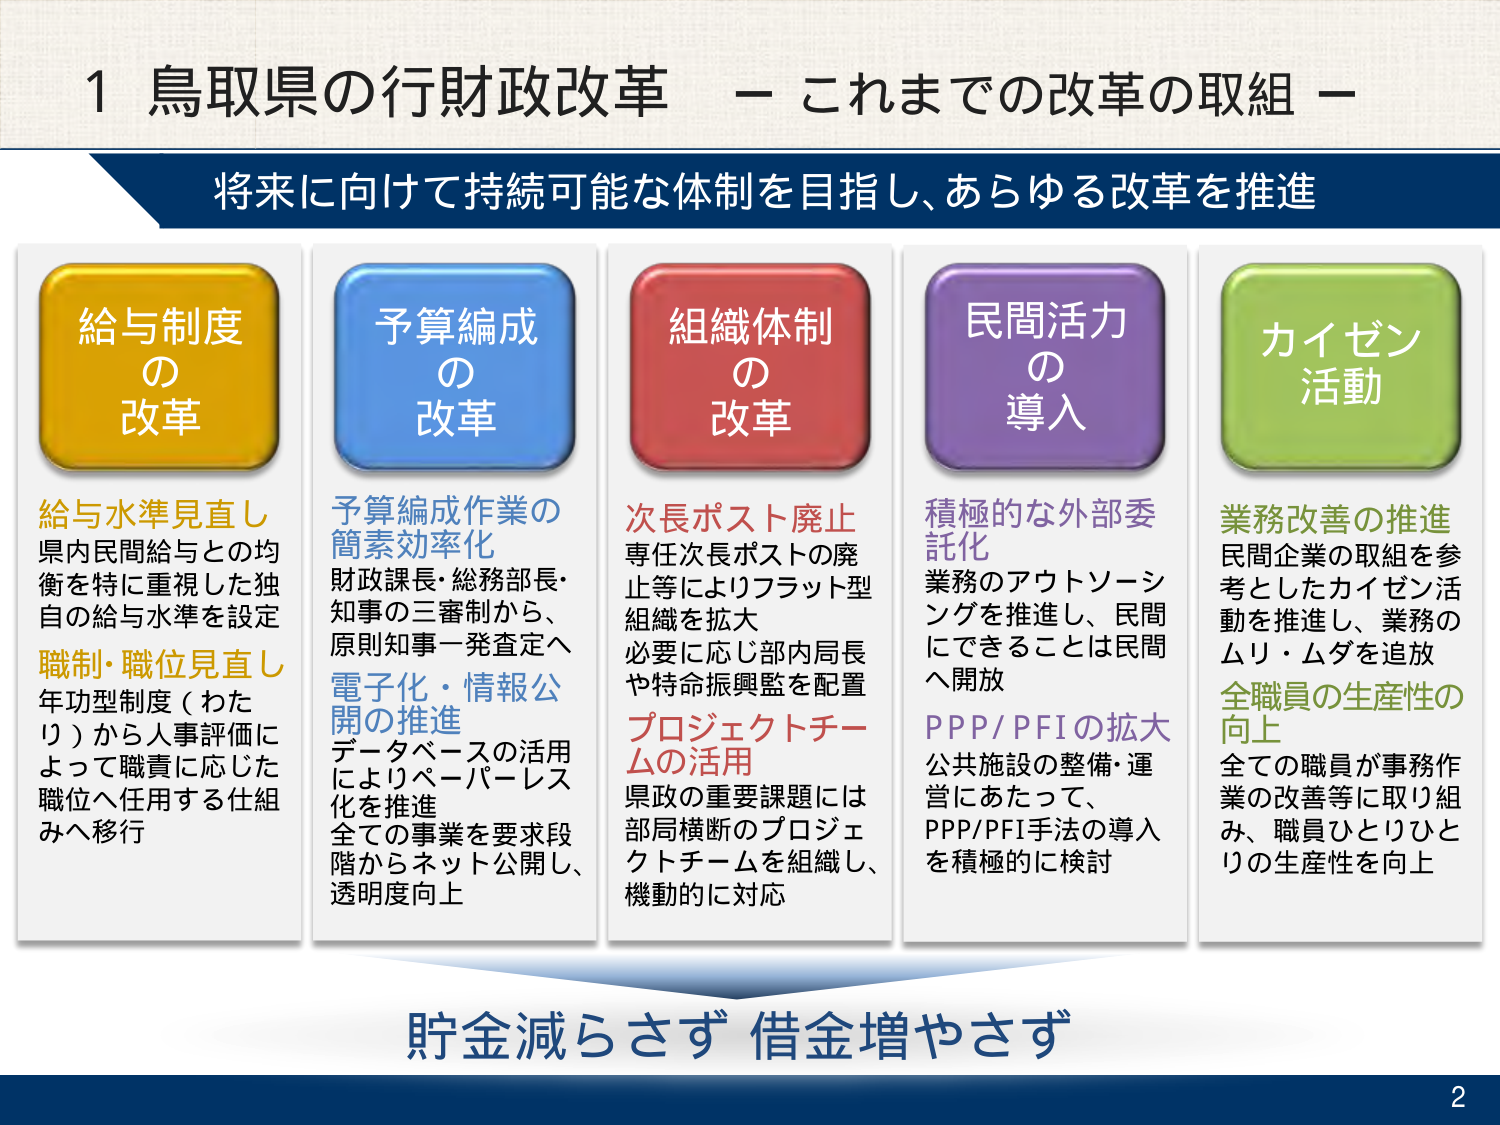
1 鳥取県の行財政改革 － これまでの改革の取組 －

将来に向けて持続可能な体制を目指し、あらゆる改革を推進

給与制度
の
改革

給与水準見直し
県内民間給与との均衡を特に重視した独自の給与水準を設定

職制・職位見直し
年功型制度（わたり）から人事評価によって職責に応じた職位へ任用する仕組みへ移行

予算編成
の
改革

予算編成作業の
簡素効率化
財政課長・総務部長・知事の三審制から、原則知事一発査定へ

電子化・情報公開の推進
データベースの活用によりペーパーレス化を推進
全ての事業を要求段階からネット公開し、透明度向上

組織体制
の
改革

次長ポスト廃止
専任次長ポストの廃止等によりフラット型組織を拡大
必要に応じ部内局長や特命振興監を配置

プロジェクトチームの活用
県政の重要課題には部局横断のプロジェクトチームを組織し、機動的に対応

民間活力
の
導入

積極的な外部委託化
業務のアウトソーシングを推進し、民間にできることは民間へ開放

PPP/PFIの拡大
公共施設の整備・運営にあたって、PPP/PFI手法の導入を積極的に検討

カイゼン
活動

業務改善の推進
民間企業の取組を参考としたカイゼン活動を推進し、業務のムリ・ムダを追放

全職員の生産性の向上
全ての職員が事務作業の改善等に取り組み、職員ひとりひとりの生産性を向上

貯金減らさず 借金増やさず

2